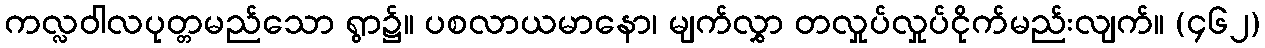
ကလ္လဝါလပုတ္တမည်သော ရွာ၌။ ပစလာယမာနော၊ မျက်လွှာ တလှုပ်လှုပ်ငိုက်မည်းလျက်။ (၄၆၂)